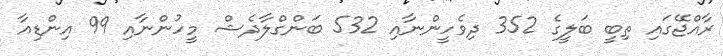
ރާއްޖޭގައި ތިބީ ބަލީގެ 352 ދިވެހީންނާއި 532 ބަންގްލާދެޝް މީހުންނާއި 99 އިންޑިއާ